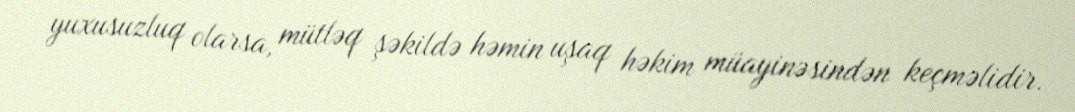
yuxusuzluq olarsa, mütləq şəkildə həmin uşaq həkim müayinəsindən keçməlidir.